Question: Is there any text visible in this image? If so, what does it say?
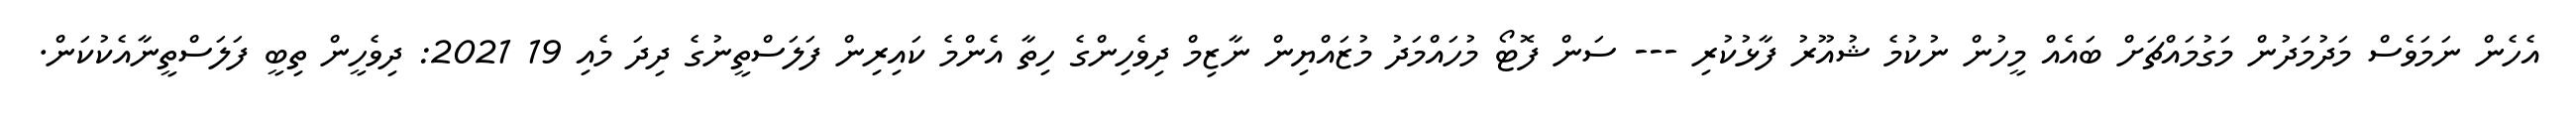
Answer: އެހެން ނަމަވެސް މަދުމަދުން މަގުމައްޗަށް ބައެއް މީހުން ނުކުމެ ޝުއޫރު ފާޅުކުރި --- ސަން ފޮޓޯ މުހައްމަދު މުޒައްޔިން ނާޒިމް ދިވެހިންގެ ހިތާ އެންމެ ކައިރިން ފަލަސްތީނުގެ ދިދަ މެއި 19 2021: ދިވެހީން ތިބީ ފަލަސްތީނާއެކުކަން.